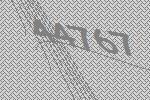
44767